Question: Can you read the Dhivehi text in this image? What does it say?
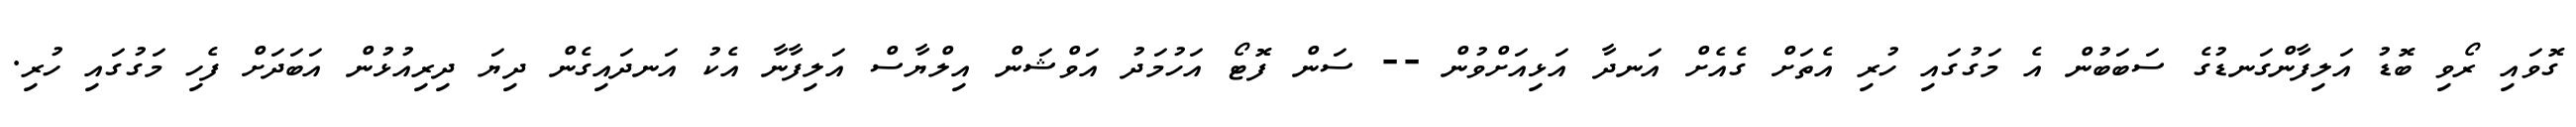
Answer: ގޮވައި ރޯވި ބޮޑު އަލިފާންގަނޑުގެ ސަބަބުން އެ މަގުގައި ހުރި އެތަށް ގެއެށް އަނދާ އަޅިއަށްވުން -- ސަން ފޮޓޯ އަހުމަދު އަވްޝަން އިލްޔާސް އަލިފާނާ އެކު އަނދައިގެން ދިޔަ ދިރިއުޅުން އަބަދަށް ފެހި މަގުގައި ހުރި.